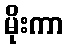
မိုးကာ